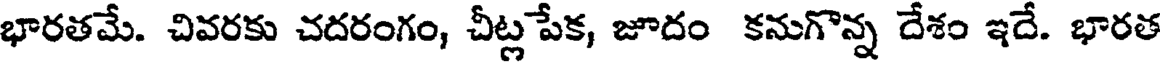
భారతమే. చివరకు చదరంగం, చీట్లపేక, జూదం కనుగొన్న దేశం ఇదే. భారత